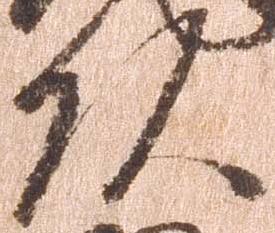
頭